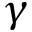
\gamma